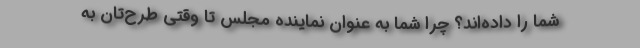
شما را داده‌اند؟ چرا شما به عنوان نماینده مجلس تا وقتی طرح‌تان به